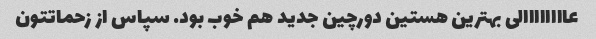
عاااااااالی بهترین هستین دورچین جدید هم خوب بود. سپاس از زحماتتون